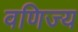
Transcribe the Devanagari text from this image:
वणिज्य